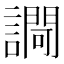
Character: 𧬱